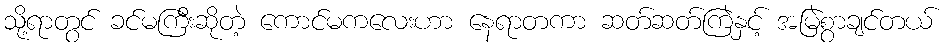
သို့ရာတွင် ခင်မကြီးဆိုတဲ့ ကောင်မကလေးဟာ နေရာတကာ ဆတ်ဆတ်ကြဲနှင့် အမြဲစွာချင်တယ်